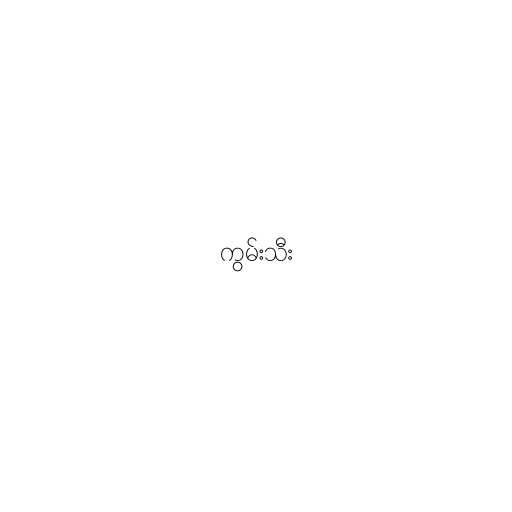
ကွမ်းသီး